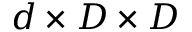
d \times D \times D